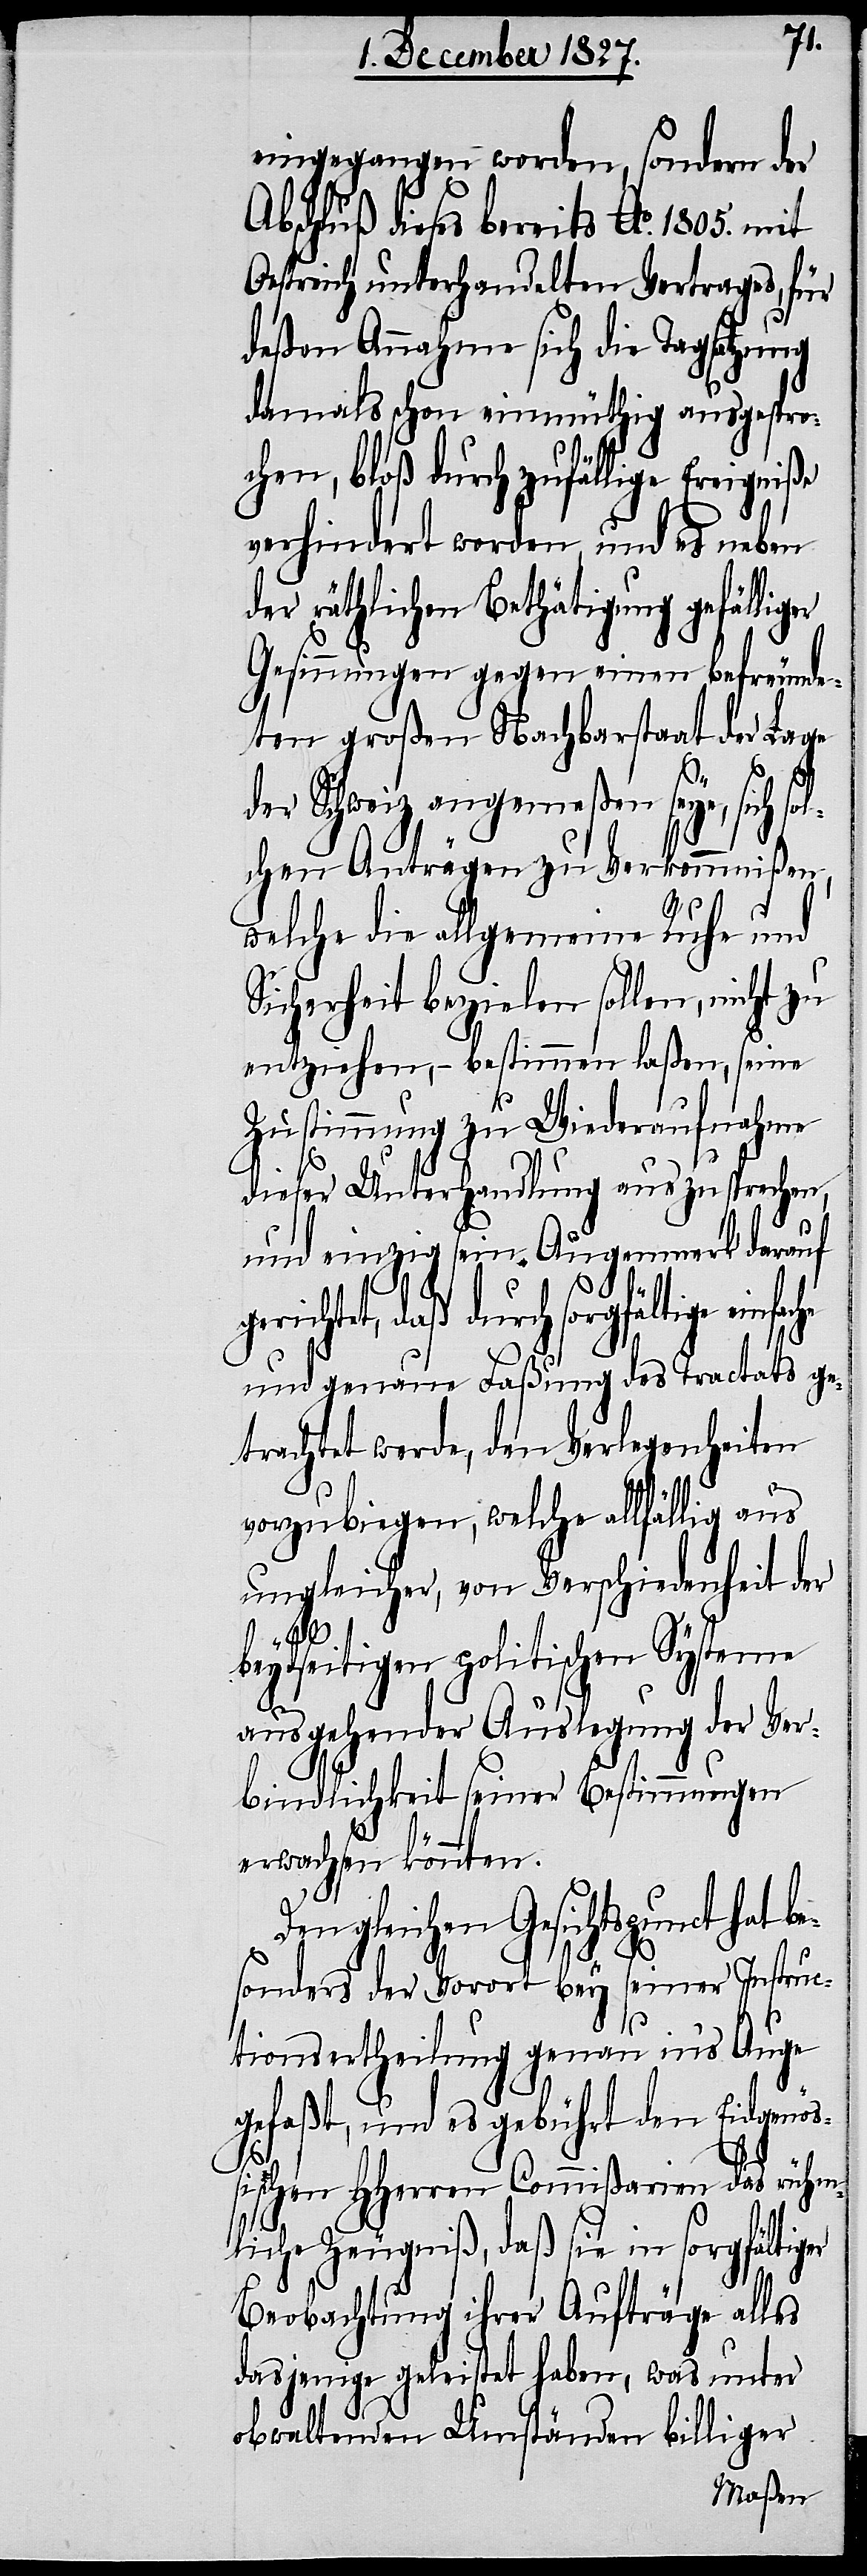
eingegangen worden, sondern der
Abschluß dieses bereits Ao. 1805. mit
Oestreich unterhandelten Vertrages, für
deßen Annahme sich die Tagsatzung
damals schon einmüthig ausgespro¬
chen, bloß durch zufällige Ereigniße
verhindert worden, und es neben
der räthlichen Bethätigung gefälliger
Gesinnungen gegen einen befreunde¬
ten großen Nachbarstaat der Lage
der Schweiz angemeßen sey, sich so¬
lchen Anträgen zu Verkommnißen,
welche die allgemeine Ruhe und
Sicherheit bezielen sollen, nicht zu
entziehen, – bestimmen laßen, seine
Zustimmung zu Wiederaufnahme
dieser Unterhandlung auszusprechen,
und einzig sein Augenmerk darauf
daß durch sorgfältige einfa¬
und genaue Faßung des Tractats ge¬
trachtet werde, den Verlegenheiten
vorzubiegen, welche allfällig aus
ungleicher, von Verschiedenheit der
gerichtet,
beydseitigen politischen Systeme
che
ausgehender Auslegung der Ver¬
bindlichkeit seiner Bestimmungen
erwachsen könnten.
Den gleichen Gesichtspunct hat be¬
sonders der Vorort bey seiner Instruc¬
tionsertheilung genau in’s Auge
gefaßt, und es gebührt den Eidgenö¬
ßischen HHerren Commißarien das rühm¬
liche Zeugniß, daß sie in sorgfältiger
Beobachtung ihrer Aufträge alles
dasjenige geleistet haben, was unter
obwaltenden Umständen billiger